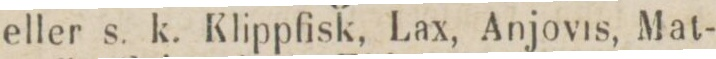
eller s. k. Klippfisk, Lax, Anjovis, Mat-